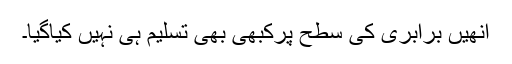
انھیں برابری کی سطح پرکبھی بھی تسلیم ہی نہیں کیاگیا۔